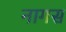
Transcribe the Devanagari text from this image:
नागस